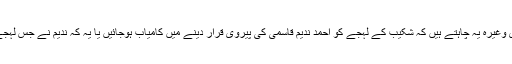
غالباً ان کے ساتھی سیف زلفی ، خلیل رام پوری وغیرہ یہ چاہتے ہیں کہ شکیب کے لہجے کو احمد ندیم قاسمی کی پیروی قرار دینے میں کامیاب ہوجائیں یا یہ کہ ندیم نے جس لہجے کو پسند کیا وہ شکیب کی طرف منتقل کردیا۔